Civil Veterinary Dept. Bombay admin report 1923-31 - 1923-1931
Year: 1923
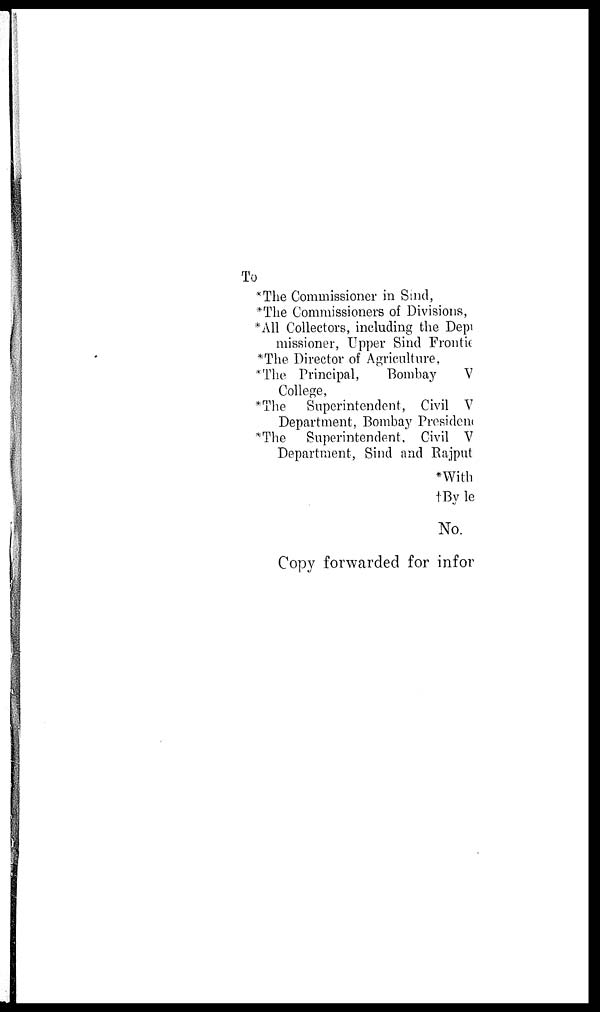
To
*The Commissioner in Sind,
*The Commissioners of Divisions,
*All Collectors, including the Department
missioner, Upper Sind Frontier
*The Director of Agriculture,
*The Principal,
Bombay
Veterinary
College,
*The Superintendent, Civil Veterinary
Department, Bombay President
*The Superintendent, Civil Veterinary
Department, Sind and Rajputana
*With copy of
†By letter
No.
Copy forwarded for information and guidance